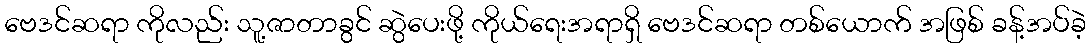
ဗေဒင်ဆရာ ကိုလည်း သူ့ဇာတာခွင် ဆွဲပေးဖို့ ကိုယ်ရေးအရာရှိ ဗေဒင်ဆရာ တစ်ယောက် အဖြစ် ခန့်အပ်ခဲ့